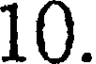
10.